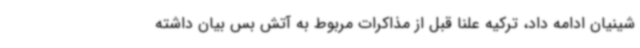
شینیان ادامه داد، ترکیه علنا قبل از مذاکرات مربوط به آتش بس بیان داشته